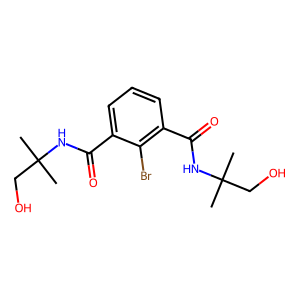
SMILES: CC(C)(CO)NC(=O)c1cccc(C(=O)NC(C)(C)CO)c1Br
Inhibits HIV replication: No